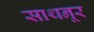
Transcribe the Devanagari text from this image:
साथनूर